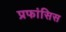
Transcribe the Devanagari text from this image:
प्रफांसिस